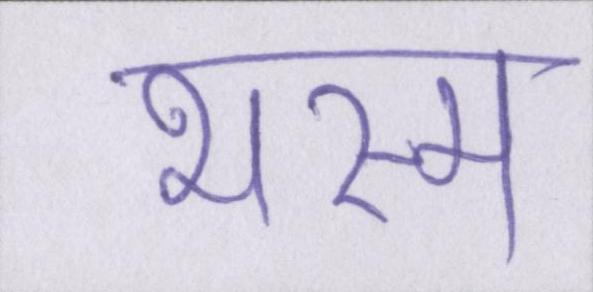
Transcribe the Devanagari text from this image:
भस्म